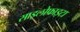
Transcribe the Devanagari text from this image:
साइलोफाइटा